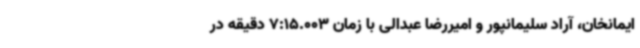
ایمانخان، آراد سلیمانپور و امیررضا عبدالی با زمان 7:15.003 دقیقه در